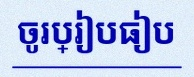
ចូរប្រៀបធៀប